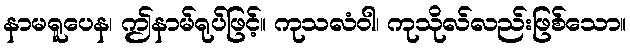
နာမရူပေန၊ ဤနာမ်ရုပ်ဖြင့်။ ကုသလံဝါ၊ ကုသိုလ်လည်းဖြစ်သော။